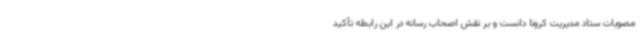
مصوبات ستاد مدیریت کرونا دانست و بر نقش اصحاب رسانه در این رابطه تأکید